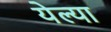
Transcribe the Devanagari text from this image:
येल्या